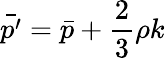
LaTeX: \bar{p^{\prime}}=\bar{p}+\frac 23\rho k